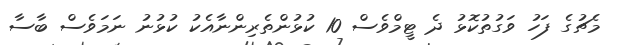
މެޗުގެ ފަހު ވަގުތުކޮޅު ދެ ޓީމްވެސް 10 ކުޅުންތެރިންނާއެކު ކުޅުނު ނަމަވެސް ބާސާ